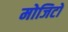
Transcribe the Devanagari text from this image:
मोजिटो